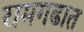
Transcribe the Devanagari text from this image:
रामगढात